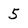
Character: 5